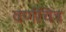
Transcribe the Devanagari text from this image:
वर्णचित्र